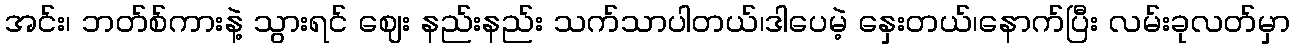
အင်း၊ ဘတ်စ်ကားနဲ့ သွားရင် ဈေး နည်းနည်း သက်သာပါတယ်၊ဒါပေမဲ့ နှေးတယ်၊နောက်ပြီး လမ်းခုလတ်မှာ